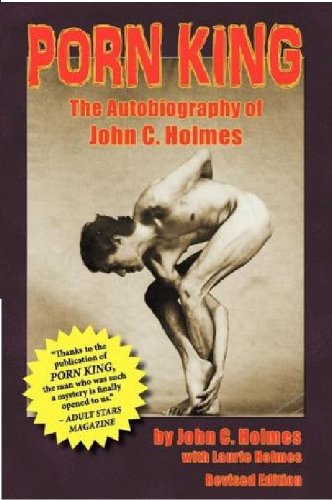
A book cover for Porn King: The Autobiography of John C. Holmes; John Holmes; Politics & Social Sciences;